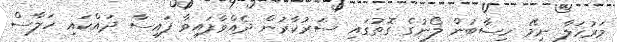
މަރުހަލާ ނިމޭ ހިސާބުން ލޯނުގެ ގޮތުގައި ސަރުކާރުން ދެއްވާފައިވާ ފައިސާ ދައްކައި ހަލާސް